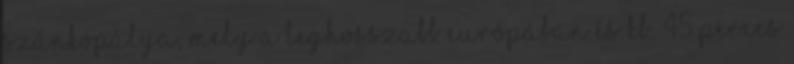
szánkópálya, mely a leghosszabb Európában és kb. 45 perces